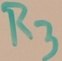
Text: R3